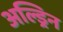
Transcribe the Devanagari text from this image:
अल्ड्रिन